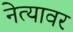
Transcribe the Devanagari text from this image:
नेत्यावर